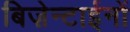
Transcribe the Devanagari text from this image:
बिज़ेन्टाईनों